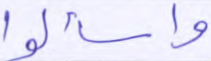
واسألوا